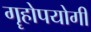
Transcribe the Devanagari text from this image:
गॄहोपयोगी